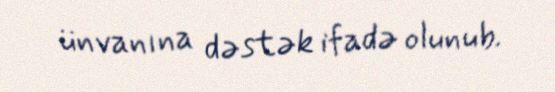
ünvanına dəstək ifadə olunub.